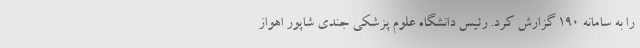
را به سامانه ۱۹۰ گزارش کرد. رئیس دانشگاه علوم پزشکی جندی شاپور اهواز